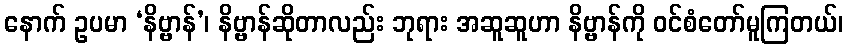
နောက် ဥပမာ ‘နိဗ္ဗာန်’၊ နိဗ္ဗာန်ဆိုတာလည်း ဘုရား အဆူဆူဟာ နိဗ္ဗာန်ကို ဝင်စံတော်မူကြတယ်၊